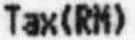
TAX(RM)